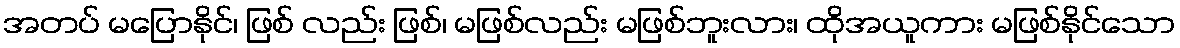
အတပ် မပြောနိုင်၊ ဖြစ် လည်း ဖြစ်၊ မဖြစ်လည်း မဖြစ်ဘူးလား၊ ထိုအယူကား မဖြစ်နိုင်သော